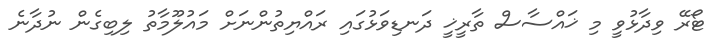
ޓޯރޭ ވިދާޅުވީ މި ޚައްސާސް ތާރީޚީ ދަނޑިވަޅުގައި ރައްޔިތުންނަށް މައުލޫމާތު ލިބިގެން ނުދާނެ